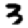
Digit: 3